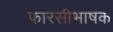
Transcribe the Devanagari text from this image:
फारसीभाषक